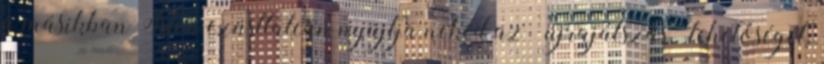
a másikban Isten ezüsttálcán nyújtja neked az „újrajátszás” lehetőségét.